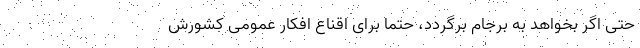
حتی اگر بخواهد به برجام برگردد، حتما برای اقناع افکار عمومی کشورش